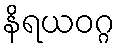
နိရယဝဂ္ဂ